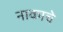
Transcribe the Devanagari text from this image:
नाकाचे